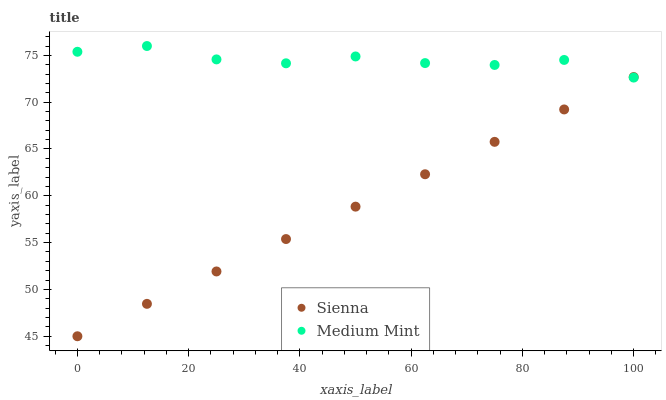
| xaxis_label | Sienna | Medium Mint |
 | --- | --- | --- |
 | 0 | 45 | 75.4 |
 | 12.5 | 48.5 | 76 |
 | 25 | 51.9 | 74.6 |
 | 37.5 | 55.4 | 74.2 |
 | 50 | 58.8 | 74.9 |
 | 62.5 | 62.3 | 74.2 |
 | 75 | 65.8 | 74 |
 | 87.5 | 69.2 | 74.5 |
 | 100 | 72.7 | 72.6 |